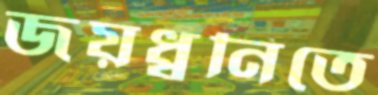
জয়ধ্বনিতে